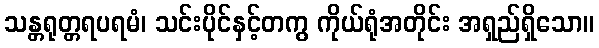
သန္တရုတ္တရပရမံ၊ သင်းပိုင်နှင့်တကွ ကိုယ်ရုံအတိုင်း အရှည်ရှိသော။